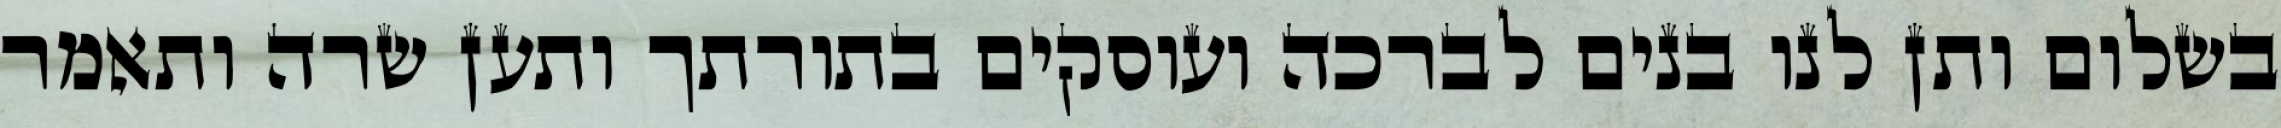
בשלום ותן לנו בנים לברכה ועוסקים בתורתך ותען שרה ותאמר